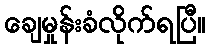
ချေမှုန်းခံလိုက်ရပြီ။